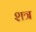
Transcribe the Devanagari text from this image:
शत्र